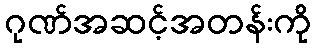
ဂုဏ်အဆင့်အတန်းကို